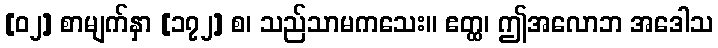
[၀၂] စာမျက်နှာ [၁၇၂] စ၊ သည်သာမကသေး။ ဧတ္ထ၊ ဤအလောဘ အဒေါသ